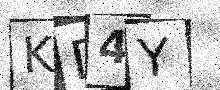
Text: KD4Y